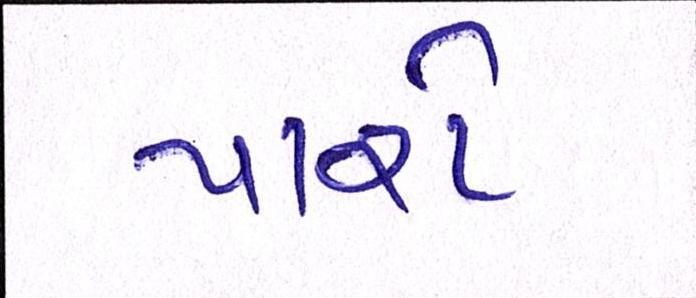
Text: પારો